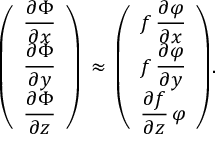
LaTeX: { \left( \begin{array} { l } { \displaystyle { \frac { \partial \Phi } { \partial { x } } } } \\ { \displaystyle { \frac { \partial \Phi } { \partial { y } } } } \\ { \displaystyle { \frac { \partial \Phi } { \partial { z } } } } \end{array} \right) } \, \approx \, { \left( \begin{array} { l } { \displaystyle f \, { \frac { \partial \varphi } { \partial { x } } } } \\ { \displaystyle f \, { \frac { \partial \varphi } { \partial { y } } } } \\ { \displaystyle { \frac { \partial { f } } { \partial { z } } } \, \varphi } \end{array} \right) } .